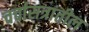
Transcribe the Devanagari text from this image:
चर्चासत्रांतील